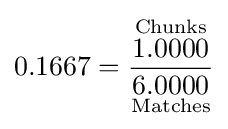
0.1667={\frac {\overset {\text{Chunks}}{1.0000}}{\underset {\text{Matches}}{6.0000}}}